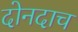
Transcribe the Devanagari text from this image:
दोनदाच